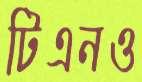
টিএনও